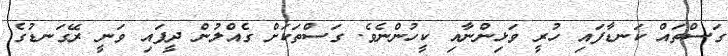
ގަސްތައް ކަނޑާފައި ހުރީ ވަޅިންނާއި ކީހުންނެވެ. ގަސްތަކަށް ގެއްލުން ދީފައި ވަނީ ރޭގަނޑުގެ